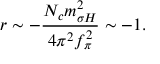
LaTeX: r \sim - \frac { N _ { c } m _ { \sigma H } ^ { 2 } } { 4 \pi ^ { 2 } f _ { \pi } ^ { 2 } } \sim - 1 .